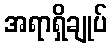
အရာရှိချုပ်